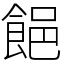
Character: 䭂